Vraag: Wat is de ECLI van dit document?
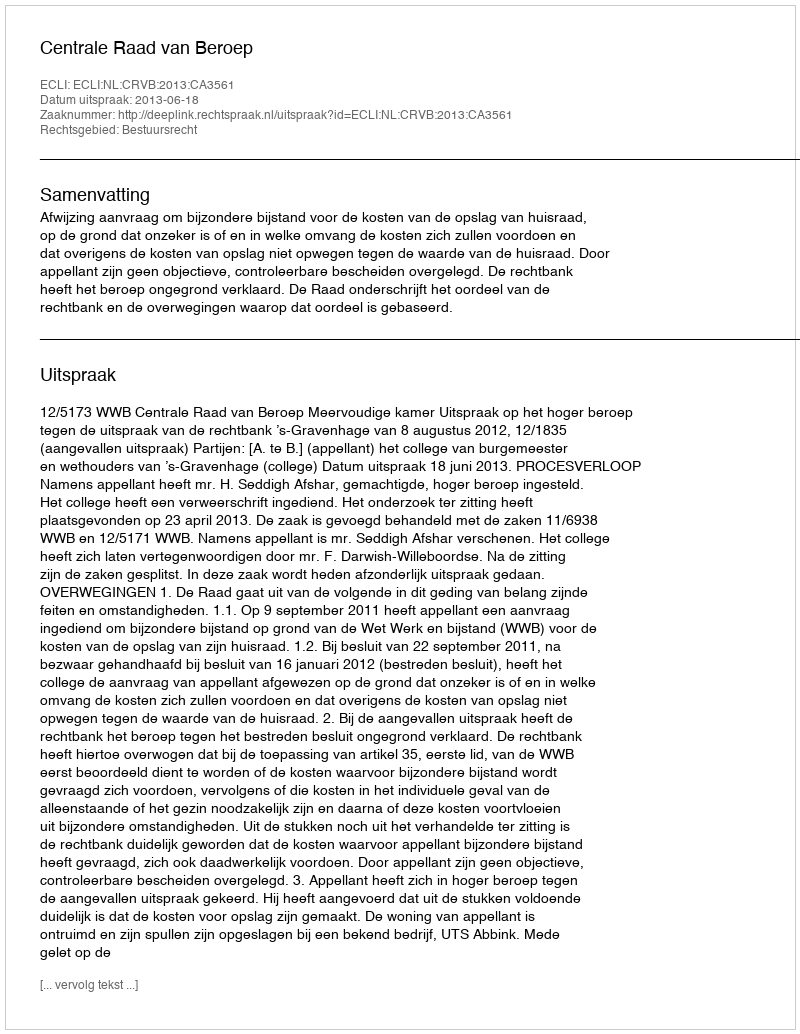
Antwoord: ECLI:NL:CRVB:2013:CA3561